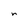
Character: r